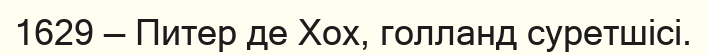
1629 — Питер де Хох, голланд суретшісі.